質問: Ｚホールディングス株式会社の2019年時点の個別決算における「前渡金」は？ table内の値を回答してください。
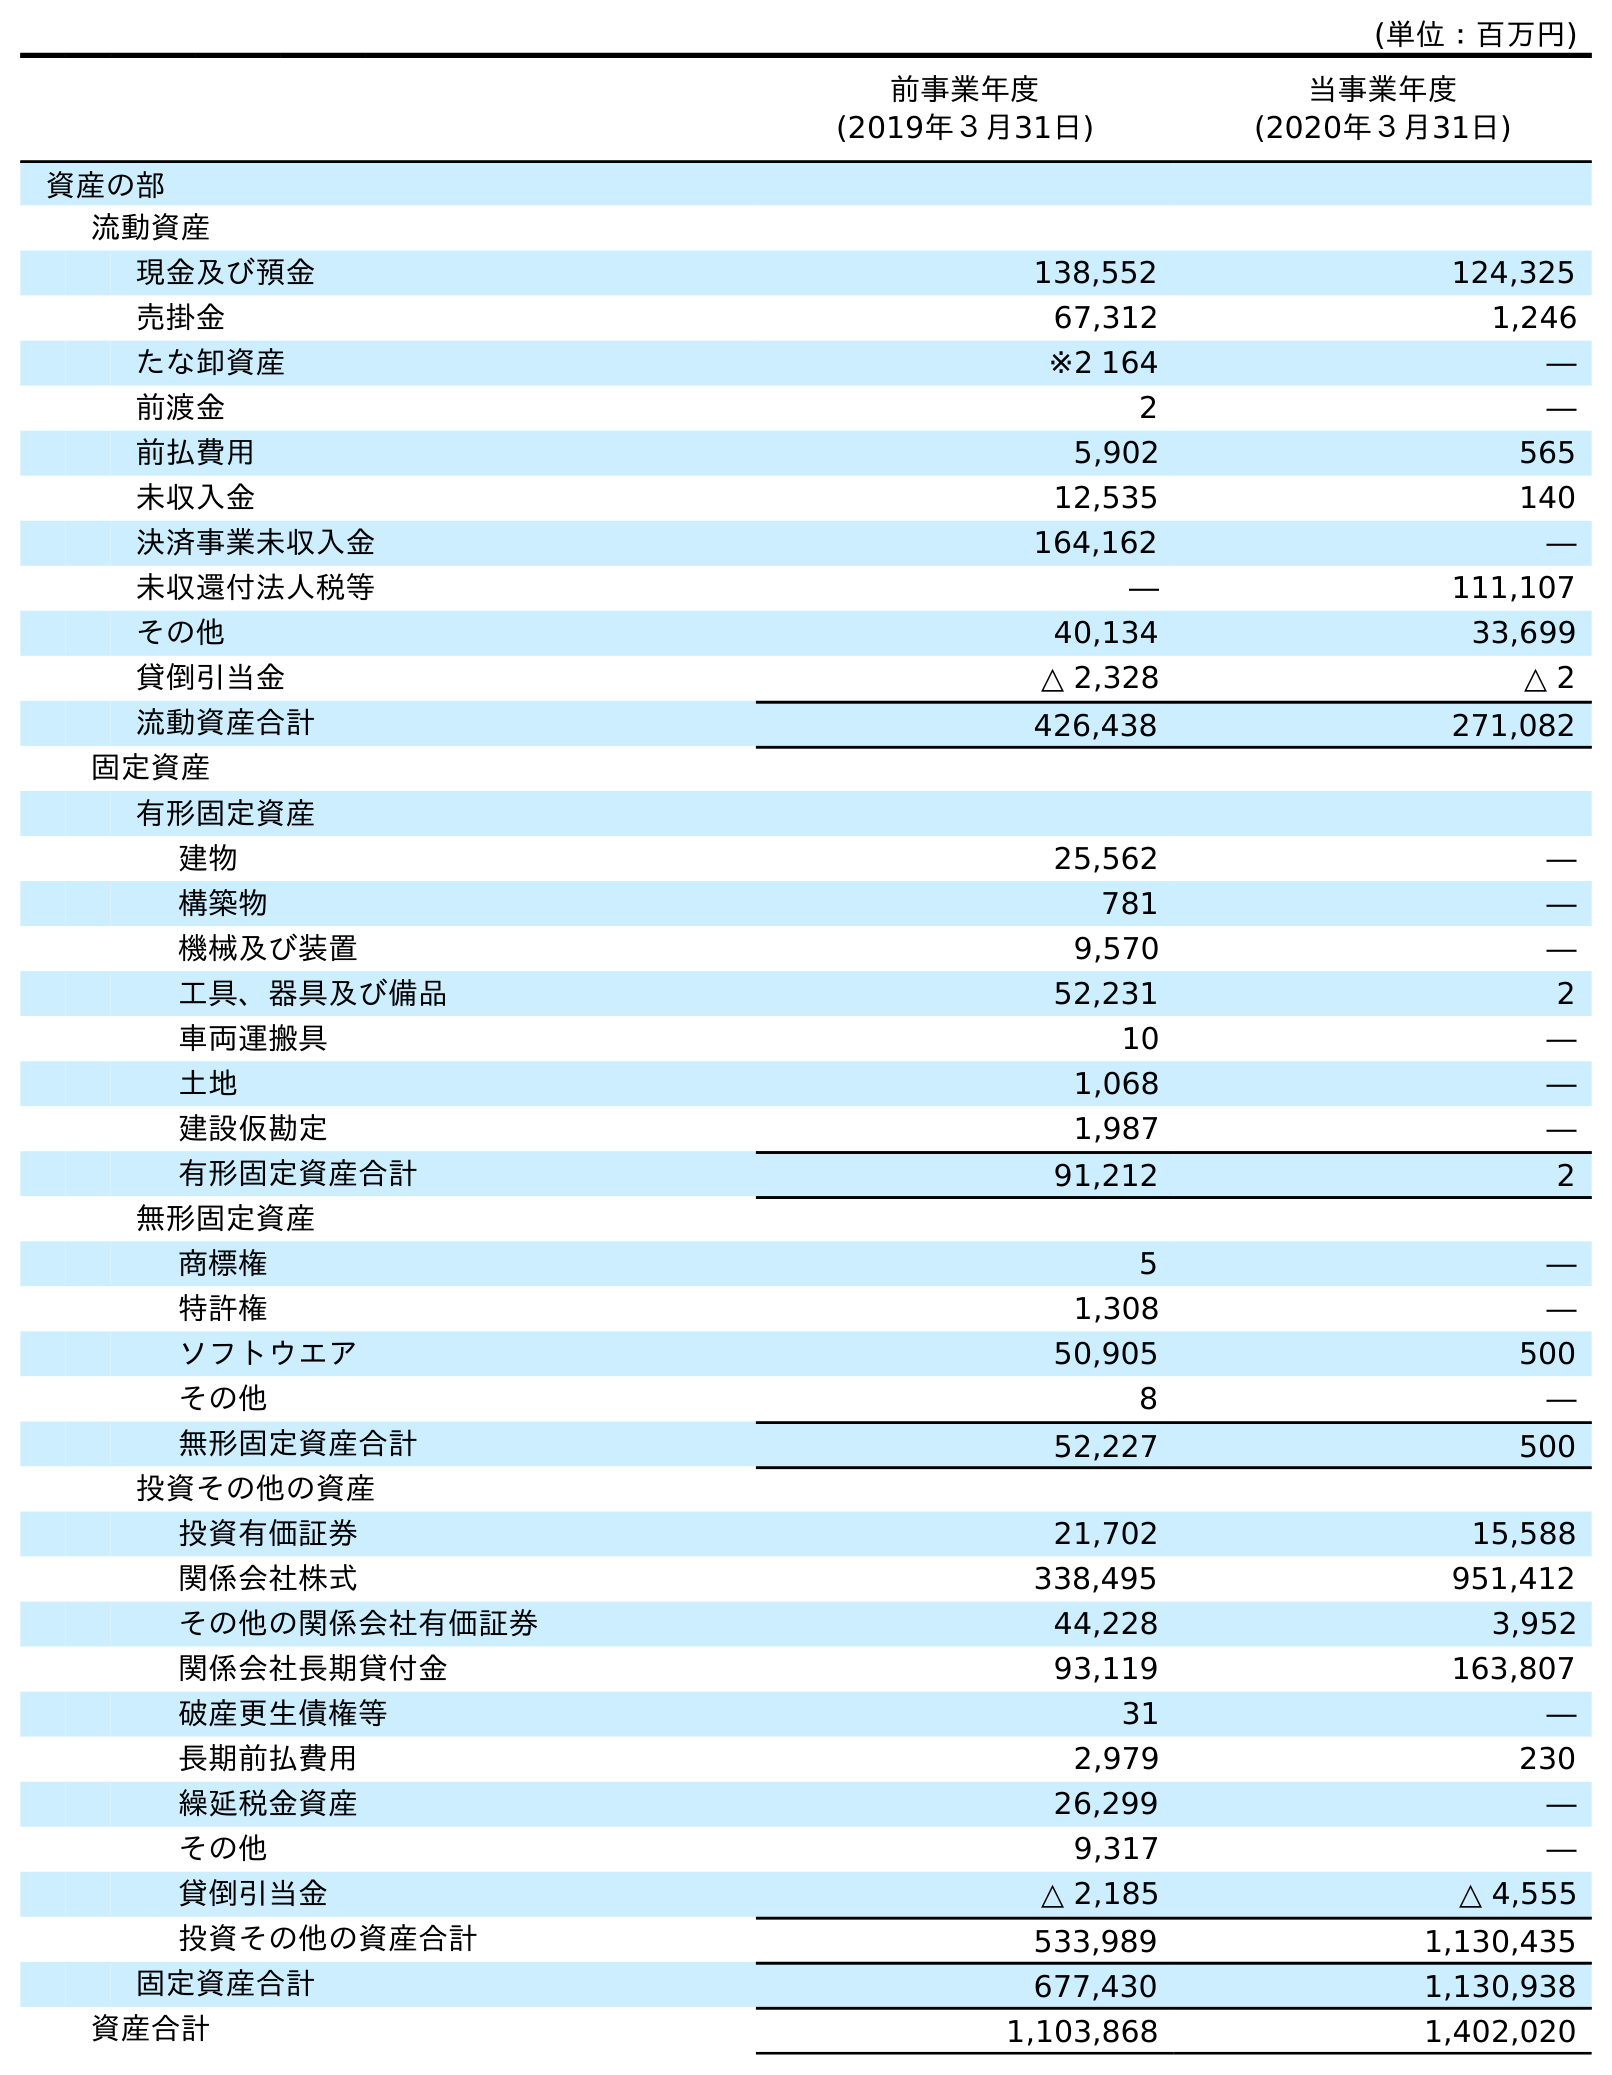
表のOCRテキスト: (単位：百万円) 前事業年度 (2019年３月31日) 当事業年度 (2020年３月31日) 資産の部 流動資産 現金及び預金 138,552 124,325 売掛金 67,312 1,246 たな卸資産 ※2 164 ― 前渡金 2 ― 前払費用 5,902 565 未収入金 12,535 140 決済事業未収入金 164,162 ― 未収還付法人税等 ― 111,107 その他 40,134 33,699 貸倒引当金 △ 2,328 △ 2 流動資産合計 426,438 271,082 固定資産 有形固定資産 建物 25,562 ― 構築物 781 ― 機械及び装置 9,570 ― 工具、器具及び備品 52,231 2 車両運搬具 10 ― 土地 1,068 ― 建設仮勘定 1,987 ― 有形固定資産合計 91,212 2 無形固定資産 商標権 5 ― 特許権 1,308 ― ソフトウエア 50,905 500 その他 8 ― 無形固定資産合計 52,227 500 投資その他の資産 投資有価証券 21,702 15,588 関係会社株式 338,495 951,412 その他の関係会社有価証券 44,228 3,952 関係会社長期貸付金 93,119 163,807 破産更生債権等 31 ― 長期前払費用 2,979 230 繰延税金資産 26,299 ― その他 9,317 ― 貸倒引当金 △ 2,185 △ 4,555 投資その他の資産合計 533,989 1,130,435 固定資産合計 677,430 1,130,938 資産合計 1,103,868 1,402,020
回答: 2